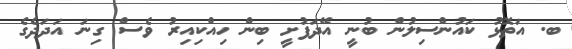
ބ. އަތޮޅު ކައުންސިލުން ބުނީ އޭދަފުށީ ބިން ހިއްކިއިރު ވެސް ގިނަ އަދަދެގެ